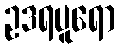
ဥဒရပူရော